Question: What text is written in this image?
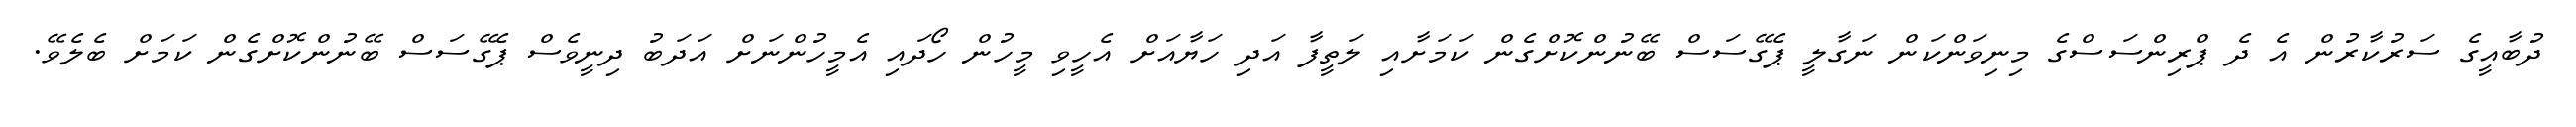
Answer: ދުބާއީގެ ސަރުކާރުން އެ ދެ ޕްރިންސަސްގެ މިނިވަންކަން ނަގާލީ ޕެގޭސަސް ބޭނުންކޮށްގެން ކަމަށާއި ލަތީފާ އަދި ހަޔާއަށް އެހީވި މީހުން ހޯދައި އެމީހުންނަށް އަދަބު ދިނީވެސް ޕެގޭސަސް ބޭނުންކޮށްގެން ކަމަށް ބެލެވޭ.